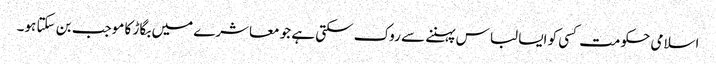
اسلامی حکومت کسی کو ایسا لباس پہننے سے روک سکتی ہے جو معاشرے میں بگاڑ کا موجب بن سکتا ہو۔